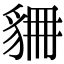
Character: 𧲾